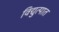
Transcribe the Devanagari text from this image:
विद्युत्पात